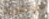
سيقتلونك